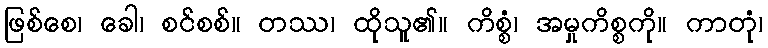
ဖြစ်စေ၊ ခေါ၊ စင်စစ်။ တဿ၊ ထိုသူ၏။ ကိစ္စံ၊ အမှုကိစ္စကို။ ကာတုံ၊